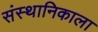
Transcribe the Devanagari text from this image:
संस्थानिकाला